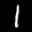
Label: 1